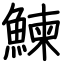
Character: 鰊